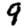
Digit: 9